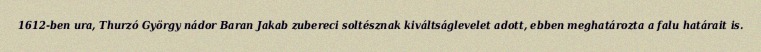
1612-ben ura, Thurzó György nádor Baran Jakab zubereci soltésznak kiváltságlevelet adott, ebben meghatározta a falu határait is.